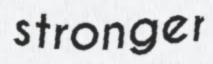
stronger